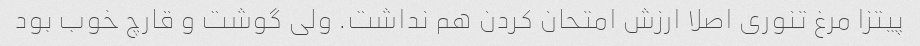
پیتزا مرغ تنوری اصلا ارزش امتحان کردن هم نداشت. ولی گوشت و قارچ خوب بود